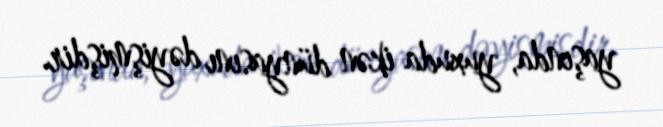
yaşında, yuxuda ikən dünyasını dəyişmişdir.